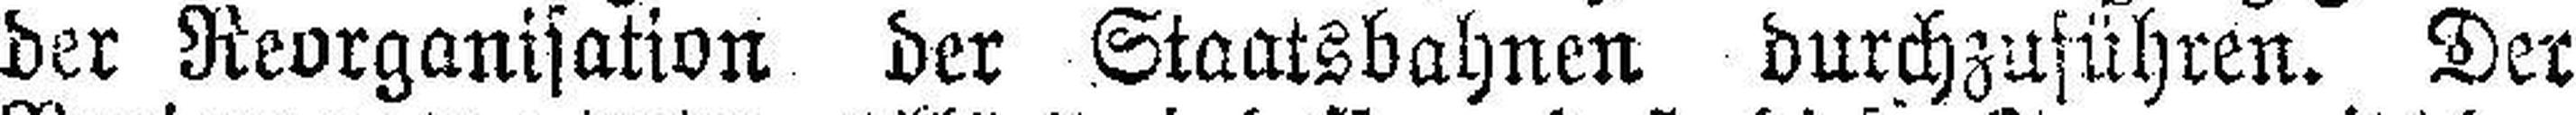
der Reorganisation der Staatsbahnen durchzuführen. Der